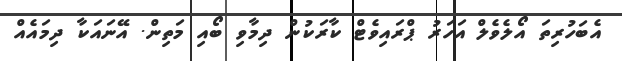
އެބަހުރިތަ އޯލެވެލް އަހަރު ޕްރައިވެޓް ކާރަކުން ދިމާވި ބޯއި މަތިން. އޭނައަކާ ދިމައެއް